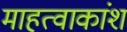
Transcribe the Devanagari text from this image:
माहत्वाकांश